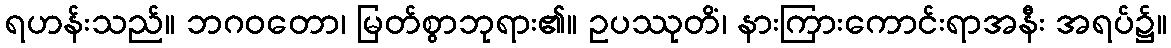
ရဟန်းသည်။ ဘဂဝတော၊ မြတ်စွာဘုရား၏။ ဥပဿုတိံ၊ နားကြားကောင်းရာအနီး အရပ်၌။